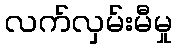
လက်လှမ်းမီမှု